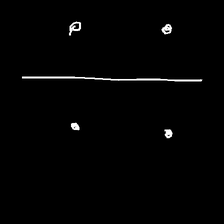
Glyph: cool